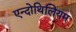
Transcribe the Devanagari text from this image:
एन्दोथिलियम